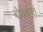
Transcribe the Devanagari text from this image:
बोधयन्तं